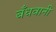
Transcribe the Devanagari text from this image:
बँधवानी